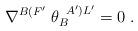
LaTeX: \begin{align*}\nabla^{B(F'} \; \theta_{B}^{\; \; A')L'}=0 \; .\end{align*}